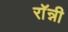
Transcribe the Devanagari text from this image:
राॅन्नी